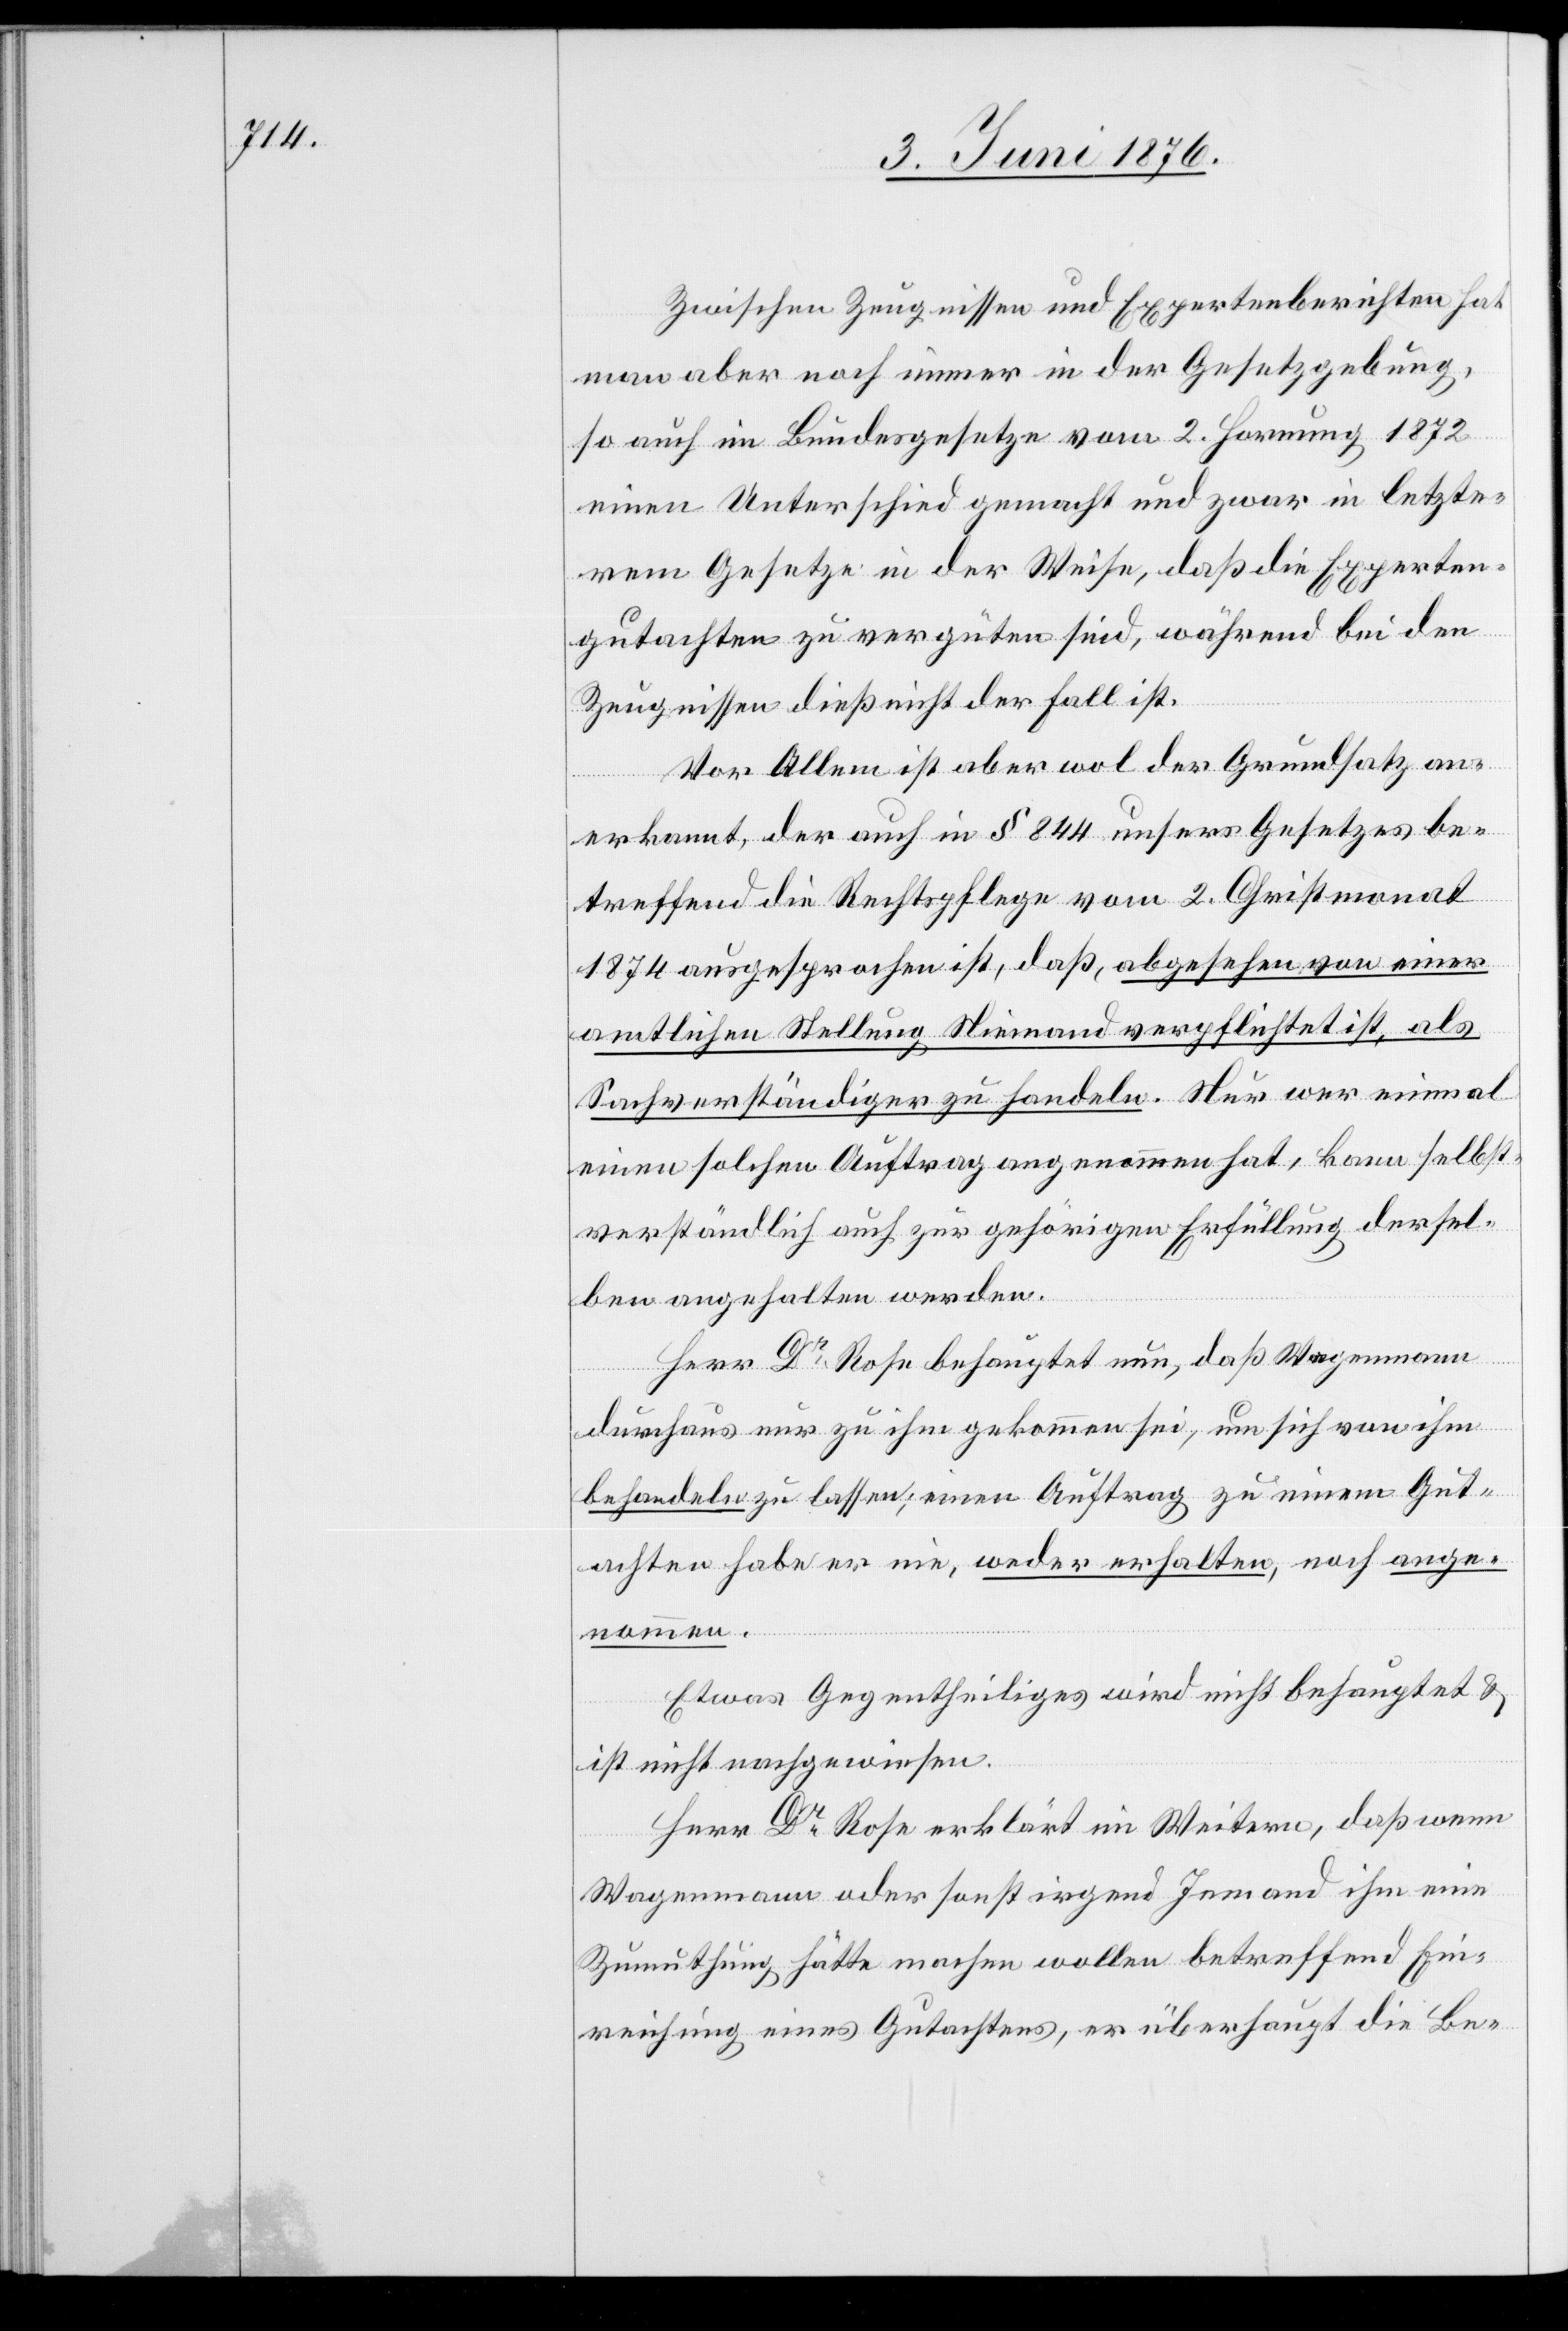
Zwischen Zeugnissen und Expertenberichten hat
man aber noch immer in der Gesetzgebung
so auch im Bundesgesetze vom 2. Hornung 1872
einen Unterschied gemacht und zwar in letzte¬
rem Gesetze in der Weise, das die Experten¬
gutachten zu vergüten sind, während bei den
Zeugnissen dieß nicht der Fall ist.
Vor Allem ist aber wol der Grundsatz an¬
erkannt, der auch in § 844 unsers Gesetzes be¬
treffend die Rechtspflege vom 2. Christmonat
1874 ausgesprochen ist, daß, abgesehen von einer
amtlichen Stellung Niemand verpflichtet ist, als
Sachverständiger zu handeln. Nur wer einmal
einen solchen Auftrag angenommen hat, kann selbst¬
verständlich auch zur gehörigen Erfüllung dersel¬
ben angehalten werden.
Herr Dr Rose behauptet nun, daß Wegenmann
durchaus nur zu ihm gekommen sei, um sich von ihm
behandeln zu lassen; einen Auftrag zu einem Gut¬
achten habe er nie, weder erhalten, noch ange¬
nommen.
Etwas Gegentheiliges wird nicht behauptet &
ist nicht nachgewiesen.
Herr Dr Rose erklärt im Weitern, daß wenn
Wegenmann oder sonst irgend Jemand ihm eine
Zumuthung hätte machen wollen betreffend Ein¬
reichung eines Gutachtens, er überhaupt die Be-